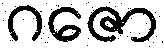
ဂဇော